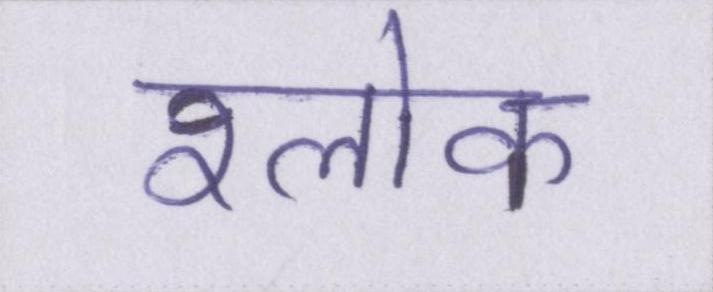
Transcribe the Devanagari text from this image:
श्लोक